Mental hospitals Bombay report 1921-28 - 1921-1928
Year: 1921
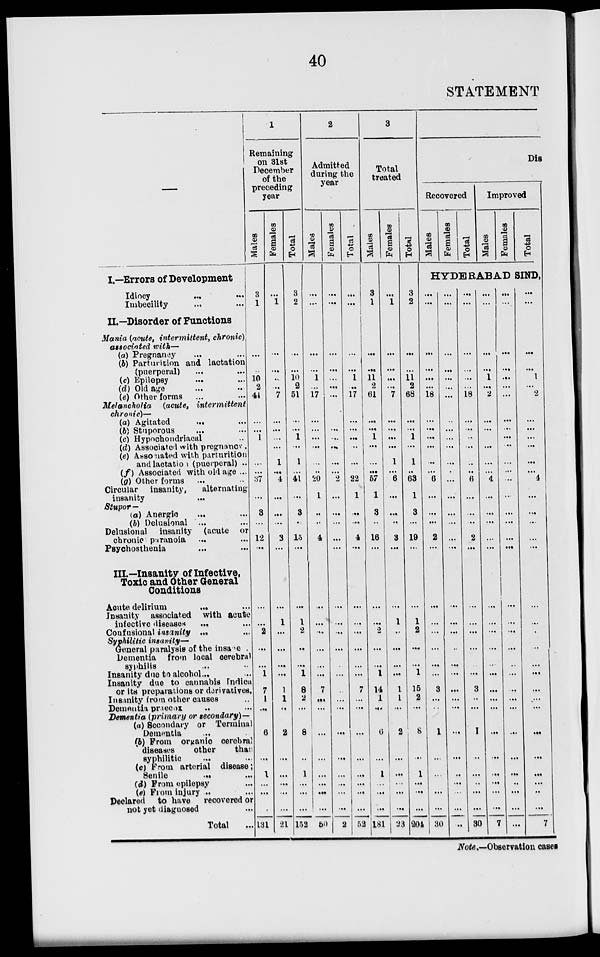
40
STATEMENT
I.—Errors of Development
Idiocy ... ...
Imbecility ... ...
II.—Disorder of Functions
Mania (acute, intermittent, chronic)
associated with—
(a) Pregnancy ... ...
(b) Parturition and lactation
(puerperal) ... ...
(c) Epilepsy ... ...
(d) Old age ... ...
(e) Other forms ... ...
Melancholia
(acute,
intermittent
chronic)—
(a) Agitated ... ...
(b) Stuporous ... ...
(c) Hypochondriacal ...
(d) Associated with pregnancy .
(e) Associated with parturition
and lactation (puerperal) ...
(f) Associated with old age ...
(g) Other forms
... ...
Circular insanity,
alternating
insanity
...
Stupor —
(a) Anergic ... ...
(b) Delusional ... ...
Delusional insanity (acute or
chronic paranoia ... ...
Psychosthenia ... ...
III.—Insanity of Infective,
Toxic and Other General
Conditions
Acute delirium
... ...
Insanity associated with acute
infective diseases
... ...
Confusional insanity ... ...
Syphilitic insanity—
General paralysis of the insane .
Dementia from local cerebral
syphilis ... ...
Insanity due to alcohol... ...
Insanity due to cannabis Indica
or its preparations or derivatives.
Insanity from other causes ...
Dementia praecox ... ...
Dementia (primary or secondary)—
(a) Secondary or Terminal
Dementia ...
(b) From organic cerebral
diseases
other
than
syphilitic ... ...
(c) From arterial disease ;
Senile
...
...
(d) From epilepsy ...
(e) From injury ... ...
Declared to have
recovered or
not yet diagnosed ...
Total ...
1
Remaining
on 31st
December
of the
preceding
year
Males
3
1
...
...
10
2
44
...
...
1
...
...
...
37
...
3
...
12
...
...
...
2
...
...
1
7
1
...
6
...
1
...
...
...
131
Females
...
1
...
...
...
...
7
...
...
...
...
1
...
4
...
...
...
3
...
...
1
...
...
...
...
1
1
...
2
...
...
...
...
...
21
Total
3
2
...
...
10
2
51
...
...
1
...
1
...
41
...
3
...
15
...
...
1
2
...
...
1
8
2
...
8
...
1
...
...
...
152
2
Admitted
during the
year
Males
...
...
...
...
1
...
17
...
...
...
...
...
...
20
1
...
...
4
...
...
...
...
...
...
...
7
...
...
...
...
...
...
...
...
50
Females
...
...
...
...
...
...
...
...
...
...
...
...
...
2
...
...
...
...
...
...
...
...
...
...
...
...
...
...
...
...
...
...
...
...
2
Total
...
...
...
...
1
...
17
...
...
...
...
...
...
22
1
...
...
4
...
...
...
...
...
...
...
7
...
...
...
...
...
...
...
...
52
3
Total
treated
Males
3
1
...
...
11
2
61
...
...
1
...
...
...
57
1
3
...
16
...
...
...
2
...
...
1
14
1
...
6
...
1
...
...
...
181
Females
...
1
...
...
...
...
7
...
...
...
...
1
...
6
...
...
...
3
...
...
1
...
...
...
...
1
1
...
2
...
...
...
...
...
23
Total
3
2
...
...
11
2
68
...
...
1
...
1
...
63
1
3
...
19
...
...
1
2
...
...
1
15
2
...
8
...
1
...
...
...
204
Dis
Recovered
Males
Females
Total
Improved
Males
Females
Total
HYDERABAD BIND,
...
...
...
...
...
...
18
...
...
...
...
...
...
6
...
...
...
2
...
...
...
...
...
...
...
3
...
...
1
...
...
...
...
...
30
...
...
...
...
...
...
...
...
...
...
...
...
...
...
...
...
...
...
...
...
...
...
...
...
...
...
...
...
...
...
...
...
...
...
...
...
...
...
...
...
...
18
...
...
...
...
...
...
6
...
...
...
2
...
...
...
...
...
...
...
3
...
...
1
...
...
...
...
...
30
...
...
...
...
1
...
2
...
...
...
...
...
...
4
...
...
...
...
...
...
...
...
...
...
...
...
...
...
...
...
...
...
...
...
7
...
...
...
...
...
...
...
...
...
...
...
...
...
...
...
...
...
...
...
...
...
...
...
...
...
...
...
...
...
...
...
...
...
...
...
...
...
...
...
1
...
2
...
...
...
...
...
...
4
...
...
...
...
...
...
...
...
...
...
...
...
...
...
...
...
...
...
...
...
7
Note.—Observation cases